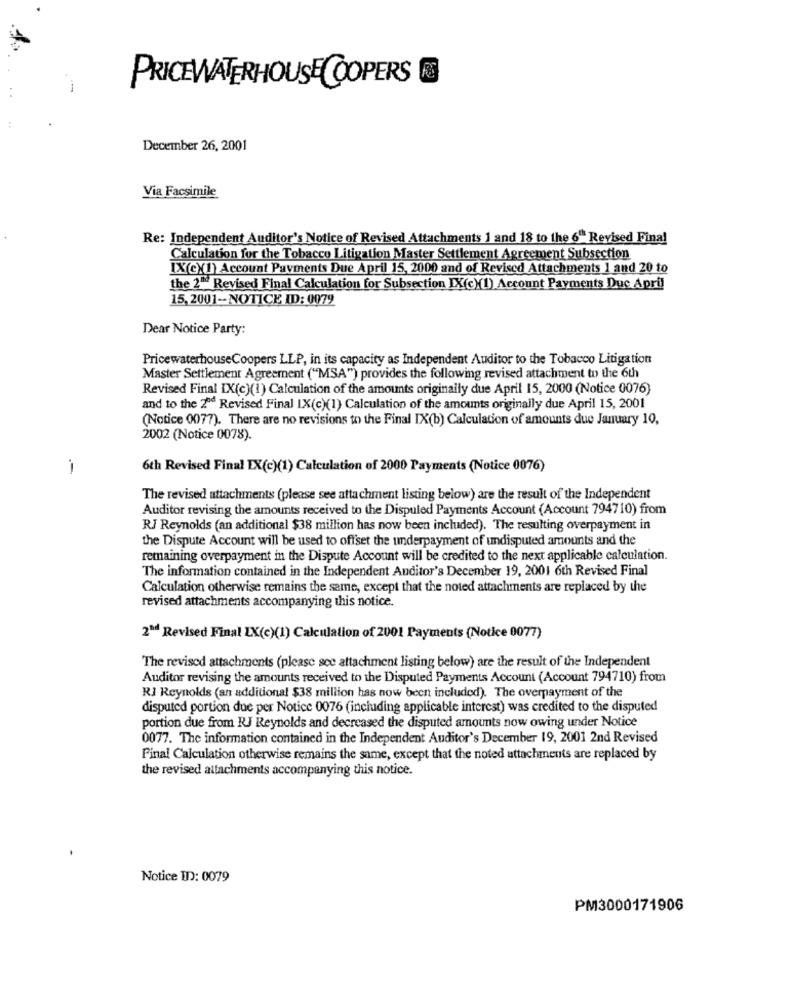
PRICEWATERHOUSE COOPERS
December 26, 2001
Via Facsimile
Re: Independent Auditor's Notice of Revised Attachments 1 and 18 to the 6" Revised Final
Calculation for the Tobacco Litigation Master Settlement Agreement Subsection
IX(eX1) Account Payments Due April 15, 2000 and of Revised Attachments 1 and 20 to
the 2" Revised Final Calculation for Subsection IX(c)(1) Account Payments Duc April
15, 2001-NOTICE ID: 0072
Dear Notice Party:
PricewaterhouseCoopers LLP, in its capacity as Independent Auditor to the Tobacco Litigation
Master Settlement Agreement ("MSA") provides the following revised attachment to the 6th
Revised Final IX(c)(1) Calculation of the amounts originally due April 15, 2000 (Notice 0076)
and to the 2ºd Revised Final IX(c)(1) Calculation of the amounts originally due April 15, 2001
(Notice 0077). There are no revisions to the Final IX(b) Calculation of amounts due January 10,
2002 (Notice 0078).
i
6th Revised Final EX(c)(1) Calculation of 2000 Payments (Notice 0076)
The revised attachments (please see attachment listing below) are the result of the Independent
Auditor revising the amounts received to the Dispuled Payments Account (Account 794710) from
RJ Reynolds (an additional $38 million has now been included). The resulting overpayment in
the Dispute Account will be used to offset the underpayment of undisputed amounts and the
remaining overpayment in the Dispute Account will be credited to the next applicable calculation.
The information contained in the Independent Auditor's December 19, 2001 6th Revised Final
Calculation otherwise remains the same, except that the noted attachments are replaced by the
revised attachments accompanying this notice.
2ªd Revised Final LX(c)(1) Calculation of 2001 Payments (Notice 0077)
The revised attachments (please see attachment listing below) are the result of the Independent
Auditor revising the amounts received to the Disputed Payments Account (Account 794710) from
RJ Reynolds (an additional $38 million has now been included). The overpayment of the
disputed portion due per Notice 0076 (including applicable interest) was credited to the disputed
portion due from RJ Reynolds and decreased the disputed amounts now owing under Notice
0077. The information contained in the Independent Auditor's December 19, 2001 2nd Revised
Pinal Calculation otherwise remains the same, except that the noted attachments are replaced by
the revised attachments accompanying this notice.
Notice TID: 0079
PM3000171906